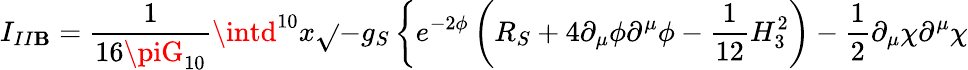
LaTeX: I_{II\mathbf{B}}={\frac{{1}}{{16\piG_{10}}}}\intd^{10}x\sqrt{}{{-g_{S}}}\left\{ e^{-2\phi}\left(R_{S}+4\partial_{\mu}\phi\partial^{\mu}\phi-{\frac{{1}}{{12}}}H_{3}^{2}\right)-{\frac{{1}}{{2}}}\partial_{\mu}\chi\partial^{\mu}\chi\right.